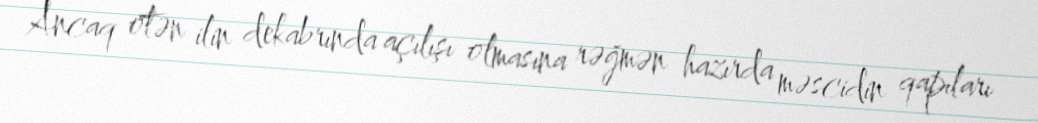
Ancaq ötən ilin dekabrında açılışı olmasına rəğmən hazırda məscidin qapıları